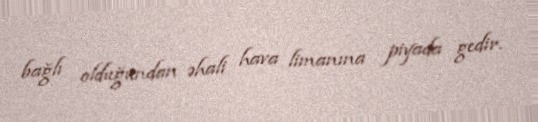
bağlı olduğundan əhali hava limanına piyada gedir.